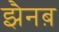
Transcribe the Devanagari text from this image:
झैनब़